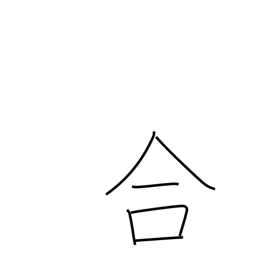
Meaning: suit